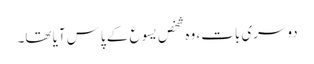
دوسری بات، وہ شخص یسوع کے پاس آیا تھا۔